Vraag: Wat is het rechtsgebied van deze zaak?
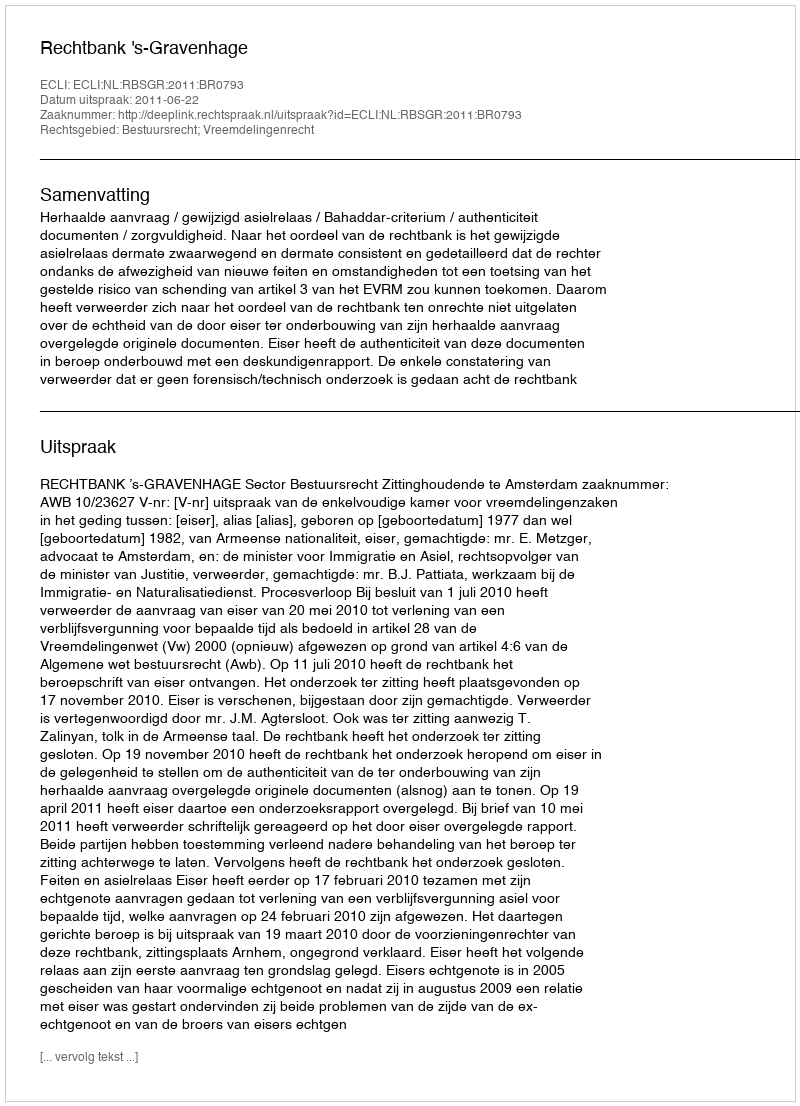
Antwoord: Bestuursrecht; Vreemdelingenrecht